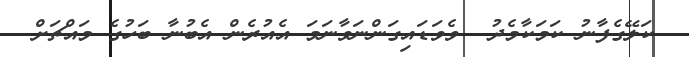
ކަލޭގެފާނު ކަމަކާމެދު  ވެވަޑައިގަންނަވާނަމަ އެއުރެން އެބުނާ ބަހުގެ މައްޗަށް